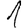
Digit: 1